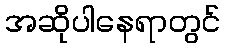
အဆိုပါနေရာတွင်